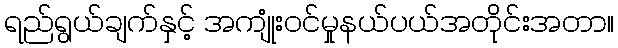
ရည်ရွယ်ချက်နှင့် အကျုံးဝင်မှုနယ်ပယ်အတိုင်းအတာ။